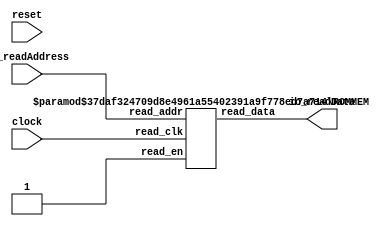
module OuterMemModule(
    input clock,
    input reset,
    input [9:0] io_readAddress,
    output [31:0] io_readData
);
    wire [31:0] billy__T_6_data;
    wire billy__T_6_clk;
    wire billy__T_6_en;
    wire [9:0] billy__T_6_addr;
    ROMMEM #(.depth(1024), .addrbits(10), .width(32), .isSyncRead(0)) billy (
        .read_data(billy__T_6_data),
        .read_clk(billy__T_6_clk),
        .read_en(billy__T_6_en),
        .read_addr(billy__T_6_addr)
    );
    wire _inner__clock;
    wire _inner__reset;
    InnerMemModule inner (
        .clock(_inner__clock),
        .reset(_inner__reset)
    );
    assign billy__T_6_addr = io_readAddress;
    assign billy__T_6_en = 1'h1;
    assign billy__T_6_clk = clock;
    assign _inner__clock = clock;
    assign _inner__reset = reset;
    assign io_readData = billy__T_6_data;
endmodule //OuterMemModule
module ROMMEM(read_data, read_clk, read_en, read_addr);
    parameter depth = 16;
    parameter addrbits = 4;
    parameter width = 32;
    parameter isSyncRead = 0;
    output [width-1:0] read_data;
    input read_clk;
    input read_en;
    input [addrbits-1:0] read_addr;
    reg [width-1:0] memcore [0:depth-1];
    wire [addrbits-1:0] final_read_addr;
    generate
        if (isSyncRead) begin: raddr_processor
            reg [addrbits-1:0] read_addr_pipe_0;
            always @(posedge read_clk) begin
                if (read_en) begin
                    read_addr_pipe_0 <= read_addr;
                end
            end
            assign final_read_addr = read_addr_pipe_0;
        end else begin: raddr_processor
            assign final_read_addr = read_addr;
        end
    endgenerate
    assign read_data = memcore[final_read_addr];
endmodule // ROMMEM
module InnerMemModule(
    input clock,
    input reset
);
endmodule //InnerMemModule